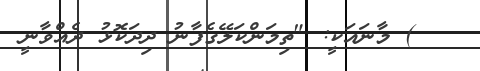
) މާނައަކީ: "ތިމަންކަލޭގެފާނު ދިދަކޮޅު ދެއްވާނީ